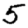
Digit: 5